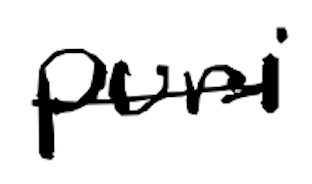
Text: Puri
Cross-out: mix
Writing tool: digital_black